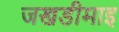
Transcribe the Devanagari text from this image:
जखडीमाइ